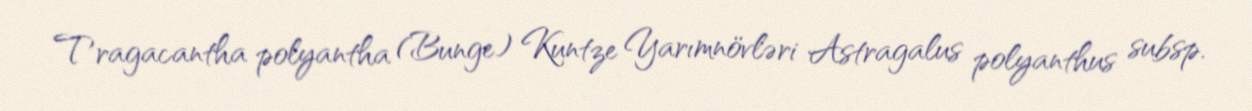
Tragacantha polyantha (Bunge) Kuntze Yarımnövləri Astragalus polyanthus subsp.